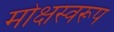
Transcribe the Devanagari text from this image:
मोक्षस्वरूप